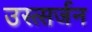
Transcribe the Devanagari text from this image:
उस्त्सर्जन